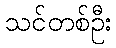
သင်တစ်ဦး